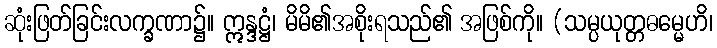
ဆုံးဖြတ်ခြင်းလက္ခဏာ၌။ ဣန္ဒဋ္ဌံ၊ မိမိ၏အစိုးရသည်၏ အဖြစ်ကို။ (သမ္ပယုတ္တဓမ္မေဟိ၊